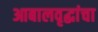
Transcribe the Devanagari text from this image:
आबालवृद्धांचा